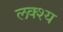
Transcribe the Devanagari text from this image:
लक्श्य